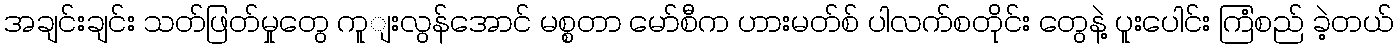
အချင်းချင်း သတ်ဖြတ်မှုတွေ ကူျးလွန်အောင် မစ္စတာ မော်စီက ဟားမတ်စ် ပါလက်စတိုင်း တွေနဲ့ ပူးပေါင်း ကြံစည် ခဲ့တယ်